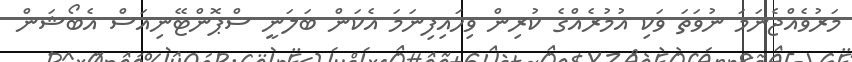
މަރުވެއްޖެނަމަ ނުވަތަ ވަކި އުމުރެއްގެ ކުރިން ވިހައިފިނަމަ އެކަން ބަލަނީ ސްޕޮންޓޭނިއަސް އެބޯޝަން